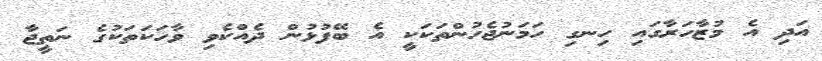
އަދި އެ މުޒާހަރާގައި ހިނގި ހަމަނުޖެހުންތަކަކީ އެ ބޭފުޅުން ދެއްކެވި ވާހަކަތަކުގެ ނަތީޖާ